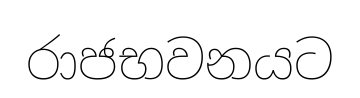
රාජභවනයට